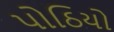
પોઠિયો